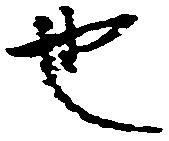
也